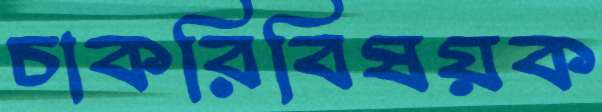
চাকরিবিষয়ক